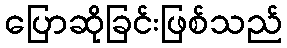
ပြောဆိုခြင်းဖြစ်သည်